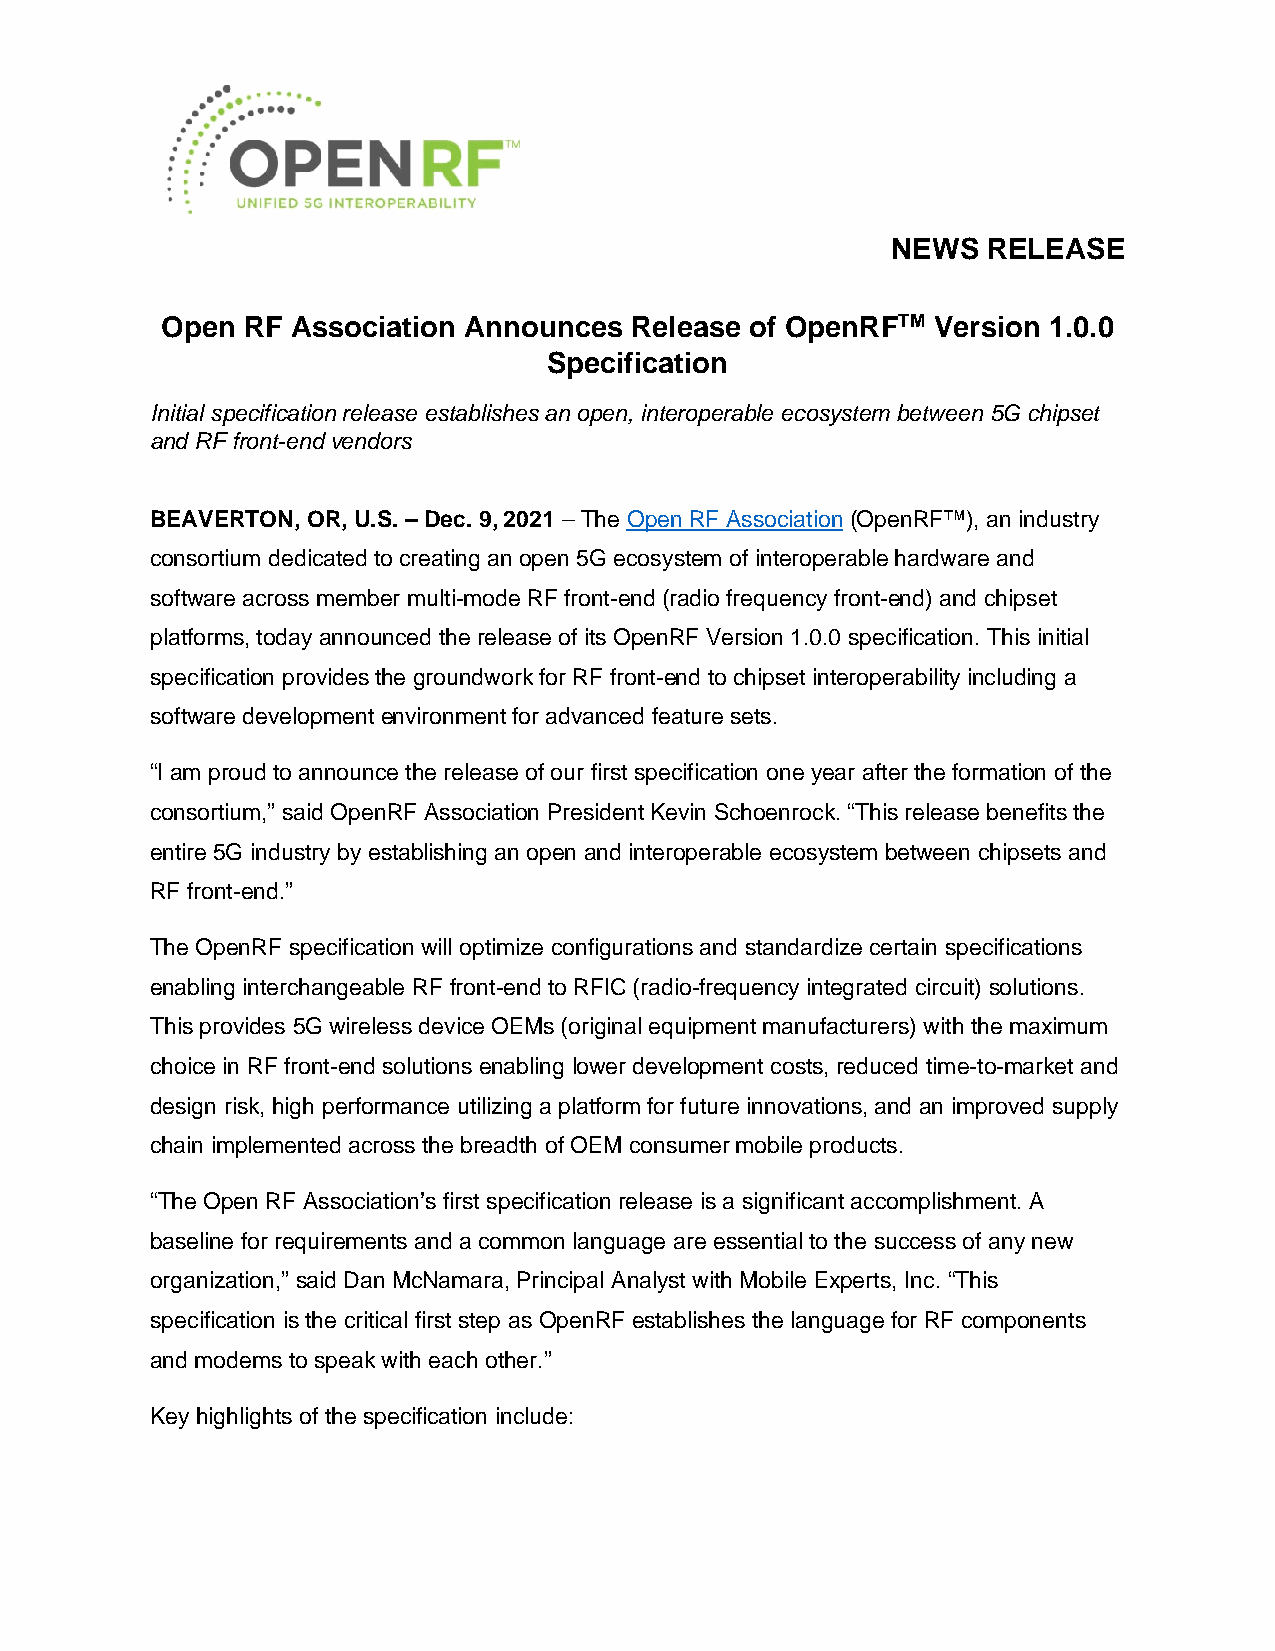
NEWS  RELEASE
 Open RF Association Announces  Release of OpenRFTM Version 1.0.0
 Specification
 Initial specification release establishes an open, interoperable ecosystem between 5G chipset
 and RF front-end vendors
 BEAVERTON, OR, U.S. – Dec. 9, 2021 – The Open RF Association (OpenRF™), an industry
 consortium dedicated to creating an open 5G ecosystem of interoperable hardware and
 software across member multi-mode RF front-end (radio frequency front-end) and chipset
 platforms, today announced the release of its OpenRF Version 1.0.0 specification. This initial
 specification provides the groundwork for RF front-end to chipset interoperability including a
 software development environment for advanced feature sets.
 “I am proud to announce the release of our first specification one year after the formation of the
 consortium,” said OpenRF Association President Kevin Schoenrock. “This release benefits the
 entire 5G industry by establishing an open and interoperable ecosystem between chipsets and
 RF front-end.”
 The OpenRF specification will optimize configurations and standardize certain specifications
 enabling interchangeable RF front-end to RFIC (radio-frequency integrated circuit) solutions.
 This provides 5G wireless device OEMs (original equipment manufacturers) with the maximum
 choice in RF front-end solutions enabling lower development costs, reduced time-to-market and
 design risk, high performance utilizing a platform for future innovations, and an improved supply
 chain implemented across the breadth of OEM consumer mobile products.
 “The Open RF Association’s first specification release is a significant accomplishment. A
 baseline for requirements and a common language are essential to the success of any new
 organization,” said Dan McNamara, Principal Analyst with Mobile Experts, Inc. “This
 specification is the critical first step as OpenRF establishes the language for RF components
 and modems to speak with each other.”
 Key highlights of the specification include: